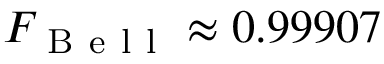
F _ { \mathrm { ~ B ~ e ~ l ~ l ~ } } \approx 0 . 9 9 9 0 7